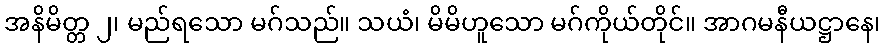
အနိမိတ္တ ၂၊ မည်ရသော မဂ်သည်။ သယံ၊ မိမိဟူသော မဂ်ကိုယ်တိုင်။ အာဂမနီယဋ္ဌာနေ၊